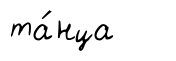
та́нца